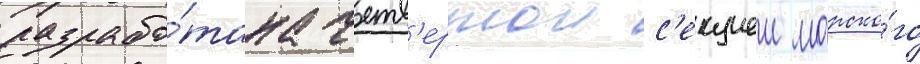
разрабо́тана четв'ертои с'екциеи морско́го